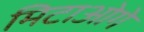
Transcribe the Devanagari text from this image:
मिटाओगे